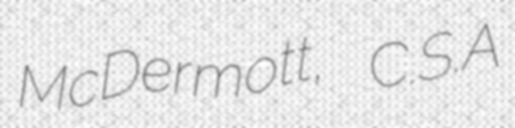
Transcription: McDermott, C.S.A